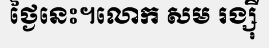
ថ្ងៃនេះ។លោក សម រង្ស៊ី